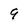
Character: 9